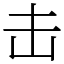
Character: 击